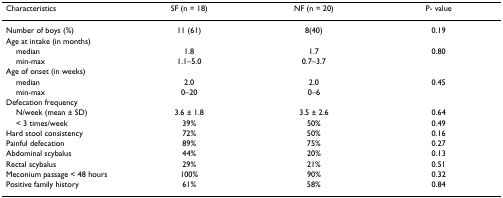
<table><thead><tr><td><b>Characteristics</b></td><td><b>SF (n = 18)</b></td><td><b>NF (n = 20)</b></td><td><b>P- value</b></td></tr></thead><tbody><tr><td>Number of boys (%)</td><td>11 (61)</td><td>8(40)</td><td>0.19</td></tr><tr><td>Age at intake (in months)</td><td></td><td></td><td></td></tr><tr><td> median</td><td>1.8</td><td>1.7</td><td>0.80</td></tr><tr><td> min-max</td><td>1.1–5.0</td><td>0.7–3.7</td><td></td></tr><tr><td>Age of onset (in weeks)</td><td></td><td></td><td></td></tr><tr><td> median</td><td>2.0</td><td>2.0</td><td>0.45</td></tr><tr><td> min-max</td><td>0–20</td><td>0–6</td><td></td></tr><tr><td>Defecation frequency</td><td></td><td></td><td></td></tr><tr><td> N/week (mean ± SD)</td><td>3.6 ± 1.8</td><td>3.5 ± 2.6</td><td>0.64</td></tr><tr><td> &lt; 3 times/week</td><td>39%</td><td>50%</td><td>0.49</td></tr><tr><td>Hard stool consistency</td><td>72%</td><td>50%</td><td>0.16</td></tr><tr><td>Painful defecation</td><td>89%</td><td>75%</td><td>0.27</td></tr><tr><td>Abdominal scybalus</td><td>44%</td><td>20%</td><td>0.13</td></tr><tr><td>Rectal scybalus</td><td>29%</td><td>21%</td><td>0.51</td></tr><tr><td>Meconium passage &lt; 48 hours</td><td>100%</td><td>90%</td><td>0.32</td></tr><tr><td>Positive family history</td><td>61%</td><td>58%</td><td>0.84</td></tr></tbody></table>